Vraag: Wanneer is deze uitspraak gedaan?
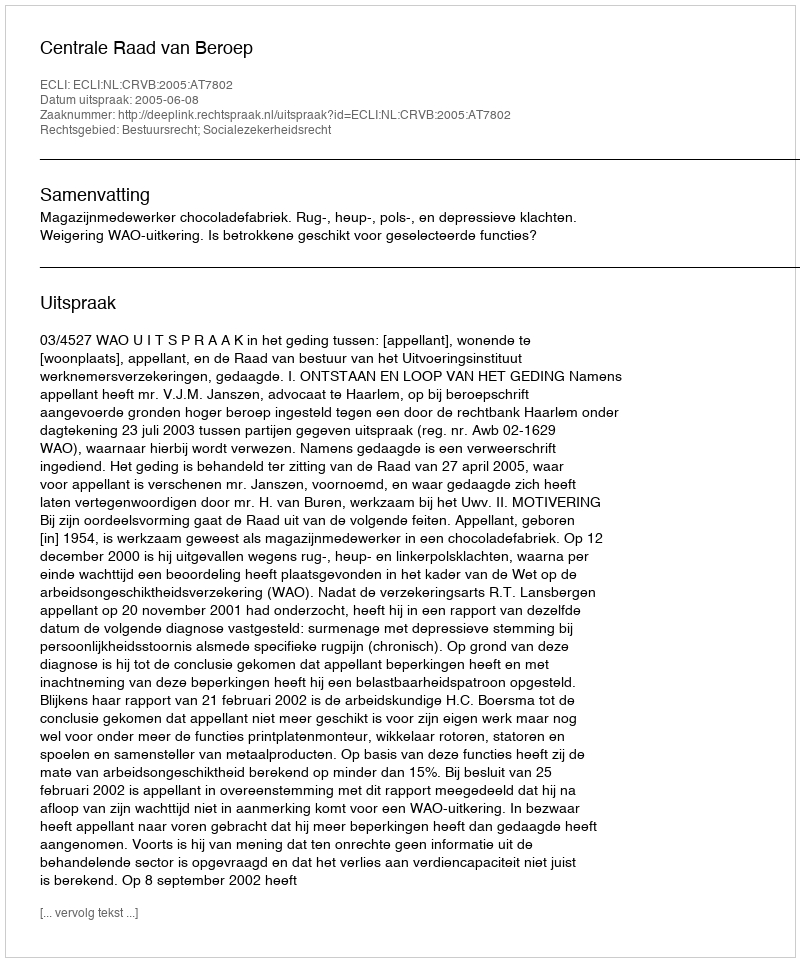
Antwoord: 2005-06-08